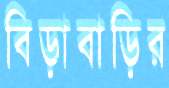
বিড়াবাড়ির